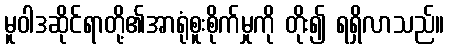
မူဝါဒဆိုင်ရာတို့၏အာရုံစူးစိုက်မှုကို တိုး၍ ရရှိလာသည်။